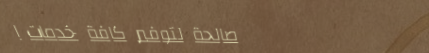
صالحة لتوفير كافة خدمات ا